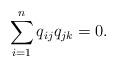
LaTeX: \begin{align*}\sum_{i=1}^n q_{ij} q_{jk}=0.\end{align*}